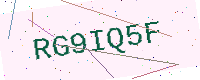
Text: RG9IQ5F